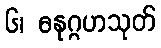
၆၊ ဓနုဂ္ဂဟသုတ်